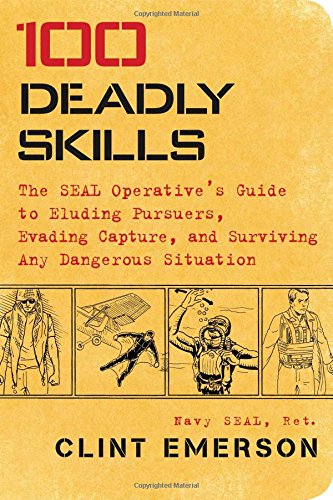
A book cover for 100 Deadly Skills: The SEAL Operative's Guide to Eluding Pursuers, Evading Capture, and Surviving Any Dangerous Situation; Clint Emerson; Health, Fitness & Dieting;